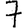
Digit: 7